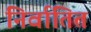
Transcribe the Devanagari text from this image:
निर्वातित